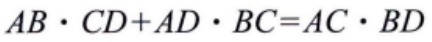
\(AB\cdot CD + AD\cdot BC = AC\cdot BD\)